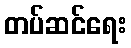
တပ်ဆင်ရေး